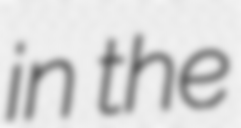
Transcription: in the